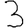
Digit: 3